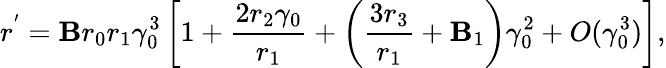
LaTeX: r^{'}=\mathbf{B}r_{0}r_{1}\gamma_{0}^{3}\left[1+\frac{{2r_{2}\gamma_{0}}}{{r_{1}}}+\left(\frac{{3r_{3}}}{{r_{1}}}+\mathbf{B}_{1}\right)\gamma_{0}^{2}+O(\gamma_{0}^{3})\right],